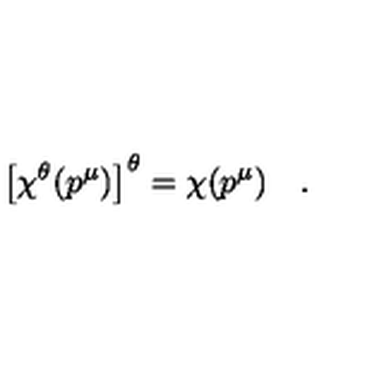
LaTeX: \left[ \chi ^ { \theta } ( p ^ { \mu } ) \right] ^ { \theta } = \chi ( p ^ { \mu } ) \quad .